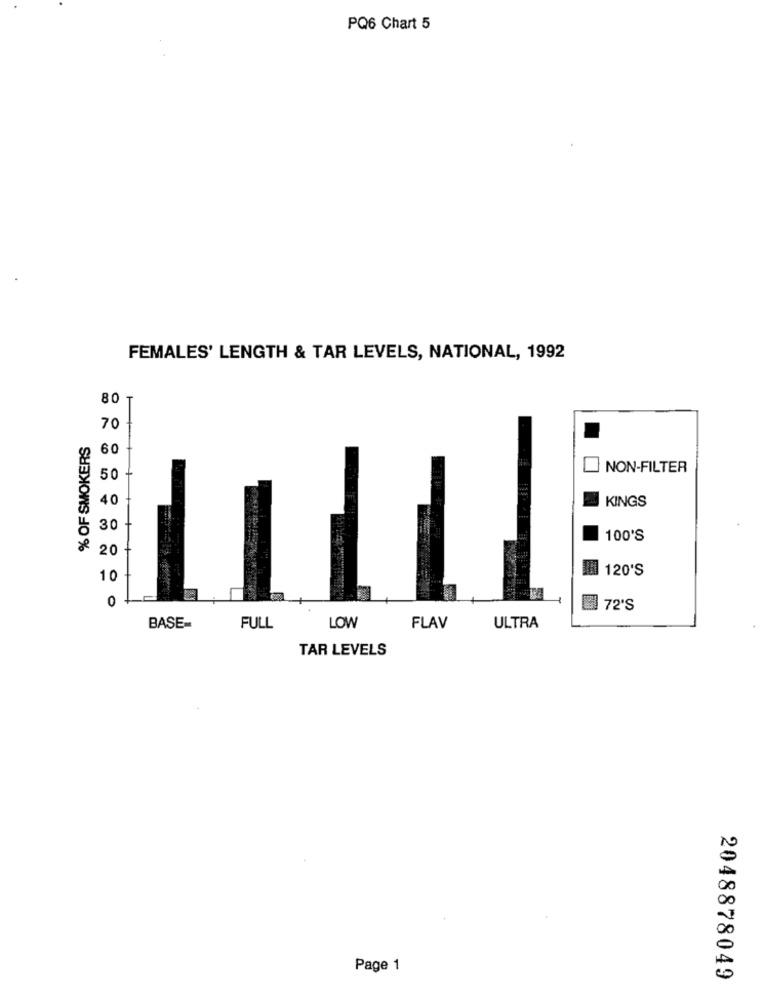
PQ6 Chart 5
FEMALES' LENGTH & TAR LEVELS, NATIONAL, 1992
80 T
70
% OF SMOKERS
60
NON-FILTER
50
40
KINGS
30
100'S
20
圓 120'S
10
0
■ 72'S
BASE-
FULL
LOW
FLAV
ULTRA
TAR LEVELS
Page 1
2048878049